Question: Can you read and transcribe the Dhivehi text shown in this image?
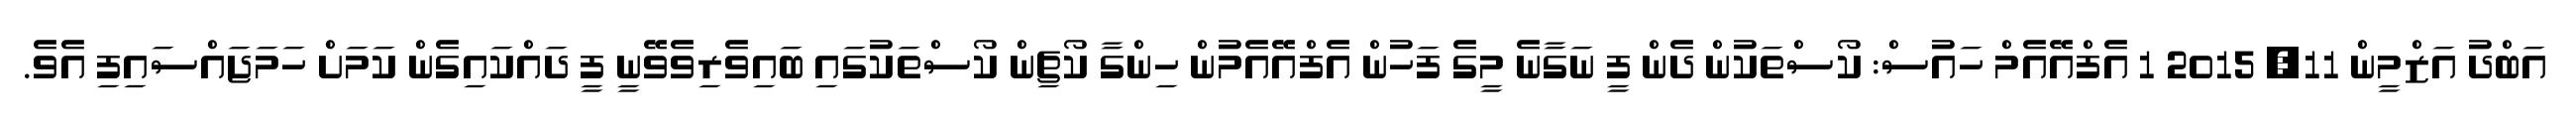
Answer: އަބްދު އަޒްމީން 11, 2015 1 އެފްއޭއެމް ހައުސް: ކޯސްތަކުން ދެން ފީ ނަގާނެ މީގެ ފަހުން އެފްއޭއެމުން ހިންގާ ކޯޗިން ކޯސްތަކުގައި ބައިވެރިވެވޭނީ ފީ ދައްކައިގެން ކަމަށް ހަމަޖައްސައިފި އެވެ.